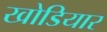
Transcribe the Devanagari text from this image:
खोडियार